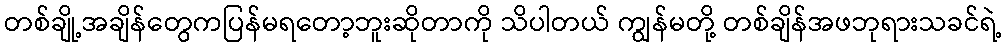
တစ်ချို့အချိန်တွေကပြန်မရတော့ဘူးဆိုတာကို သိပါတယ် ကျွန်မတို့ တစ်ချိန်အဖဘုရားသခင်ရဲ့